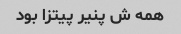
همه ش پنیر پیتزا بود